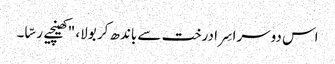
اس دوسرا سِرا درخت سے باندھ کر بولا، "کھینچیے رسّا۔